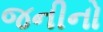
જનીનો